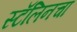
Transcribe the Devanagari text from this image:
स्टॅलिनचा